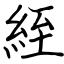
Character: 絰